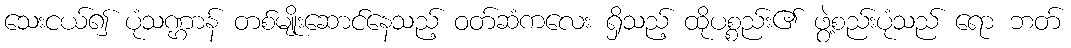
သေးငယ်၍ ပုံသဏ္ဌာန် တစ်မျိုးဆောင်နေသည့် ဝတ်ဆံကလေး ရှိသည့် ထိုပစ္စည်း၏ ဖွဲ့စည်းပုံသည် ရော ဘတ်